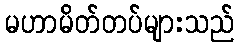
မဟာမိတ်တပ်များသည်